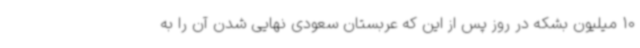
10 میلیون بشکه در روز پس از این که عربستان سعودی نهایی شدن آن را به